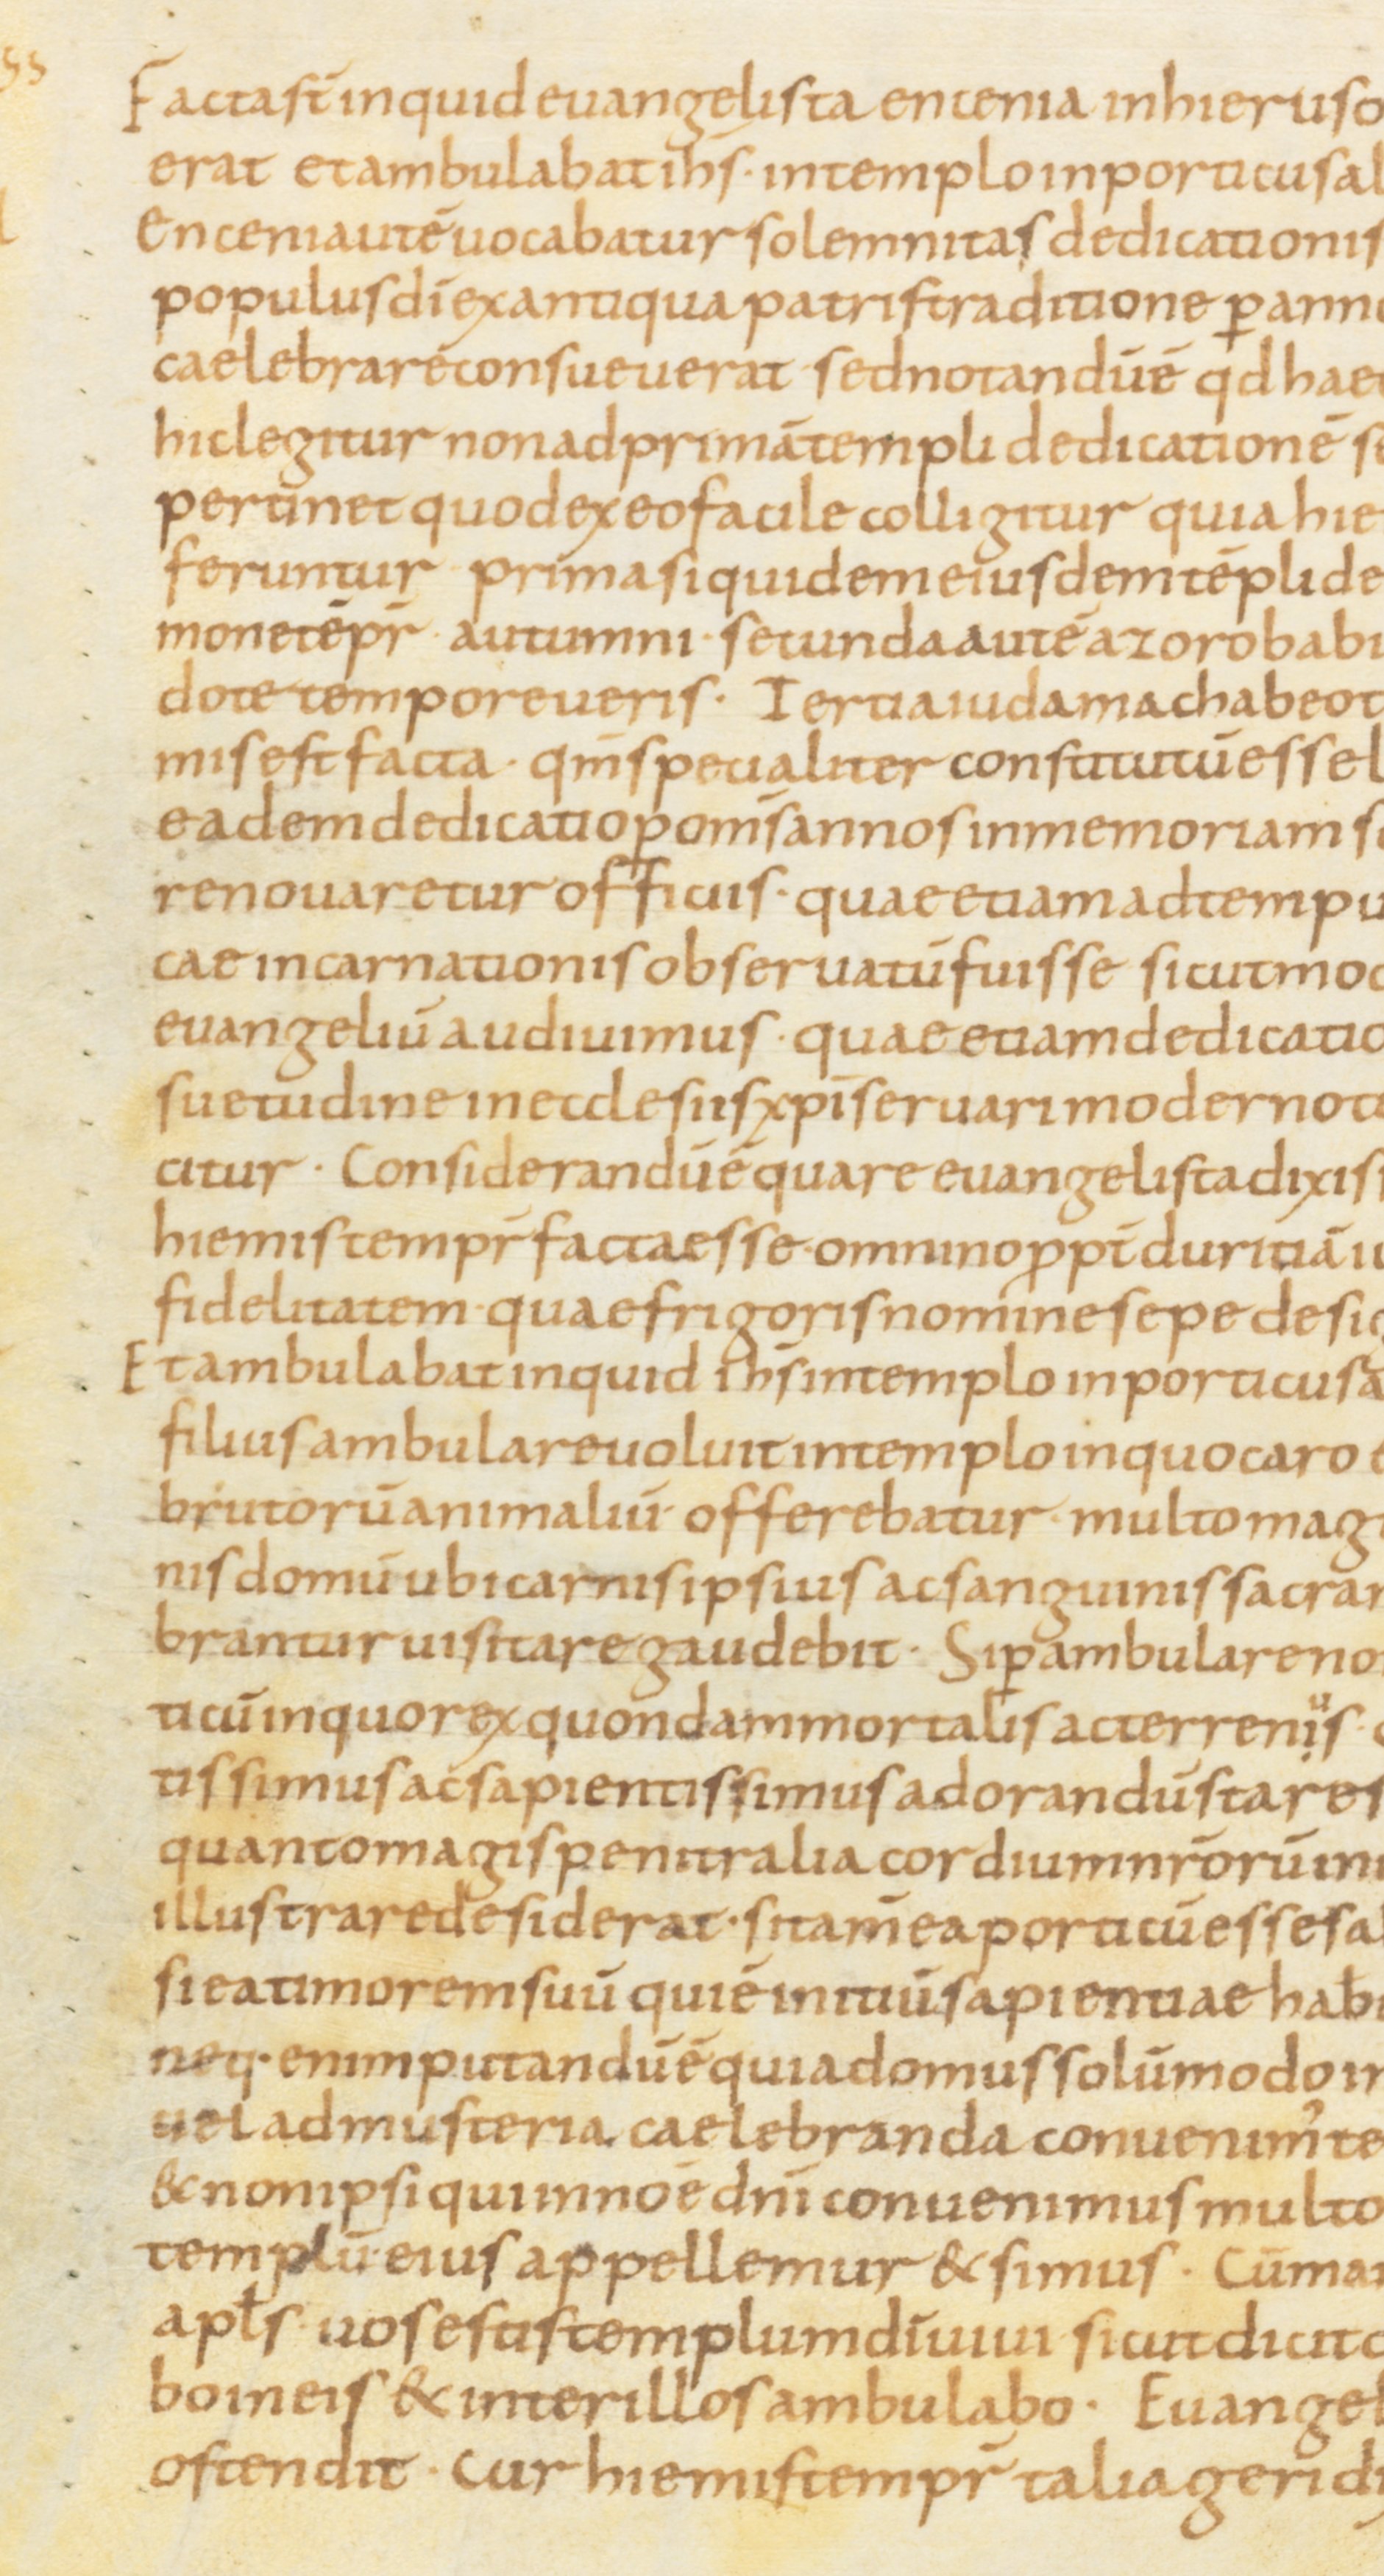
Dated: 800–899